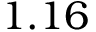
1 . 1 6